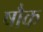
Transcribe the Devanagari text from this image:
षौक